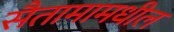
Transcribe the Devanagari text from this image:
सैतामामधील